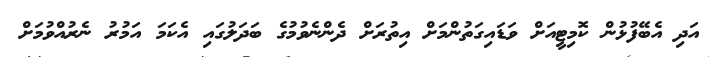
އަދި އެބޭފުޅުން ކޮމިޓީއަށް ވަޑައިގަތުންމަށް އިތުރަށް ދެންނެވުމުގެ ބަދަލުގައި އެކަމަ އަމުރު ނެރުއްވުމަށް